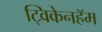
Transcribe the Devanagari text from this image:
ट्विकेनहॅम